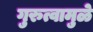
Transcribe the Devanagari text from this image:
गुरुत्वामुळे